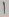
Text: 1